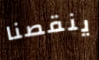
ينقصنا